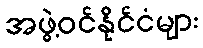
အဖွဲ့ဝင်နိုင်ငံများ